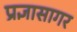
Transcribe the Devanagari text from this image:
प्रज्ञासागर